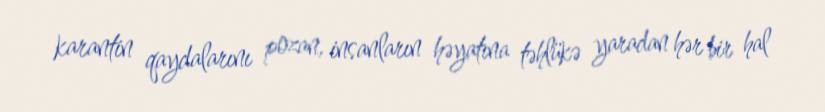
karantin qaydalarını pozan, insanların həyatına təhlükə yaradan hər bir hal